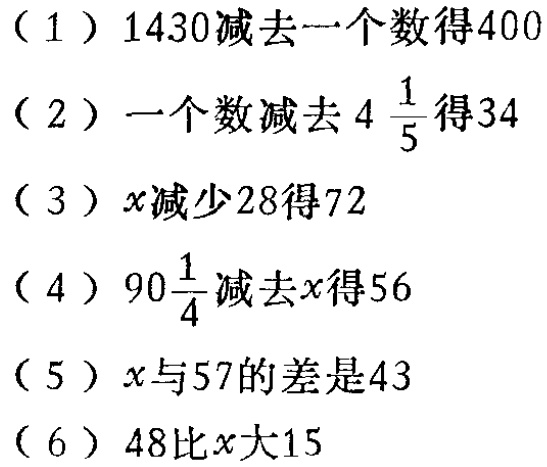
（1）$1430$减去一个数得$400$

（2）一个数减去$4\frac{1}{5}$得$34$

（3）$x$减少$28$得$72$

（4）$90\frac{1}{4}$减去$x$得$56$

（5）$x$与$57$的差是$43$

（6）$48$比$x$大$15$